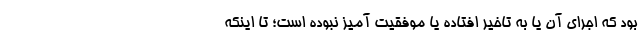
بود که اجرای آن یا به تاخیر افتاده یا موفقیت آمیز نبوده است؛ تا اینکه